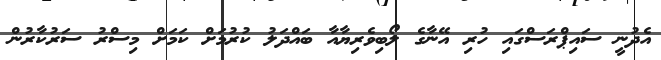
އެދުނީ ސައިޕްރަސްގައި ހުރި އޭނާގެ ލޯބިވެރިޔާއާ ބައްދަލު ކުރުމަށް ކަމަށް މިސްރު ސަރުކާރުން